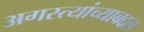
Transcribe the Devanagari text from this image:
अगस्त्यांच्याबद्दल